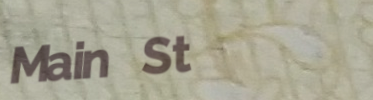
Main St